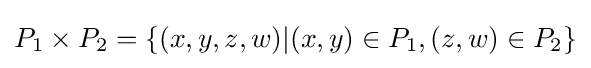
P_{1}\times P_{2}=\{(x,y,z,w)|(x,y)\in P_{1},(z,w)\in P_{2}\}